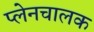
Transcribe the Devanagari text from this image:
प्लेनचालक